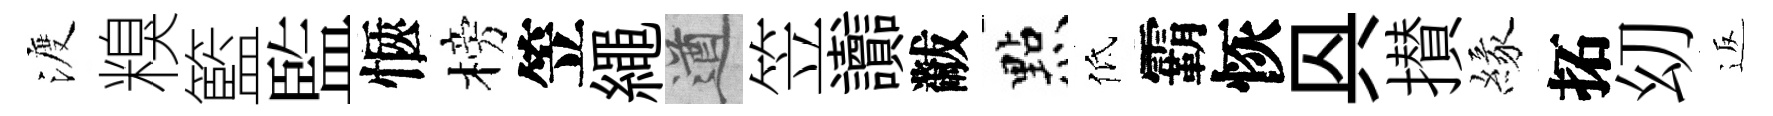
渡糗籃監愜榜笠繩遒笠讟黻㸃低霸恢㒷攅緣拓㓜返